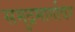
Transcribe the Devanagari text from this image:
समुद्रमार्गावर